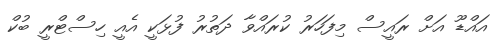
އައްޑޫ އަށް ރައީސް މިފަހަރު ކުރައްވާ ދަތުރު ފުޅަކީ އެއީ ހިސްޓްރީ ބުކް